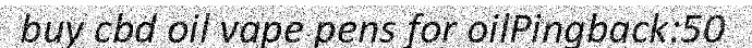
buy cbd oil vape pens for oilPingback:50